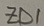
Text: ZD1